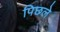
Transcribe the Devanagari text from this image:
पिछले